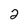
Character: 2